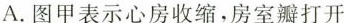
A.图甲表示心房收缩，房室瓣打开